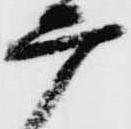
磨